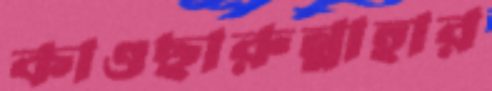
কাওছারুন্নাহার